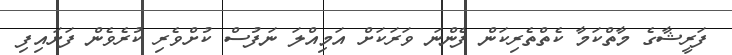
ފަރީޝާގެ މާތްކަމާ ކެތްތެރިކަން ފެންނަ ވަރަކަށް އަމިއްލަ ނަފުސް ކުށްވެރި ކުރެވެން ފަށައިފި